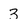
Character: 3